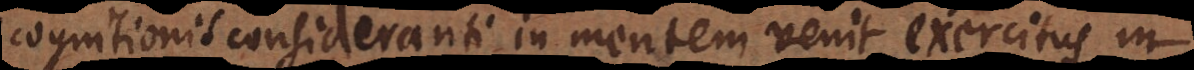
cognitionis consideranti in mentem venit exercitus, in